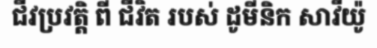
ជីវប្រវត្តិ ពី ជីវិត របស់ ដូមីនិក សាវីយ៉ូ